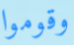
وقوموا